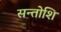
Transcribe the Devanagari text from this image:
सन्तोशि